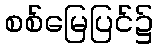
စစ်မြေပြင်၌